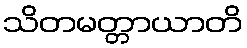
သိတမတ္တာယာတိ